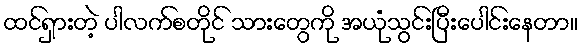
ထင်ရှားတဲ့ ပါလက်စတိုင် သားတွေကို အယုံသွင်းပြီးပေါင်းနေတာ။